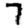
Digit: 7